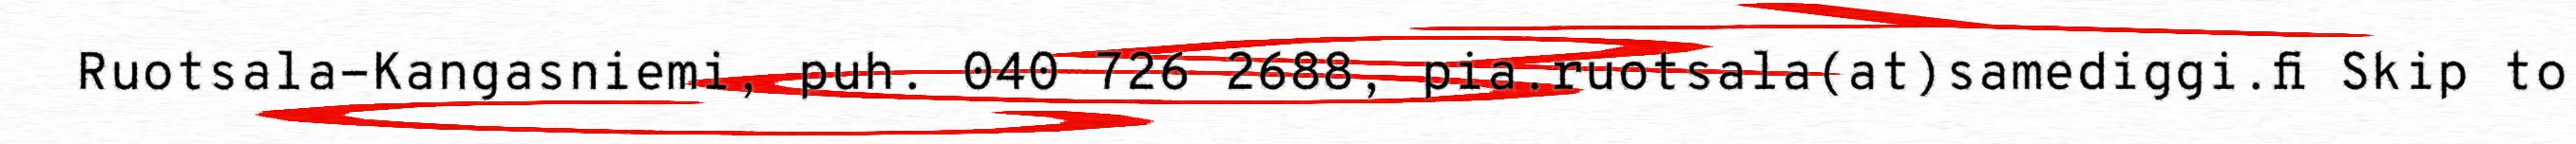
Ruotsala-Kangasniemi, puh. 040 726 2688, pia.ruotsala(at)samediggi.fi Skip to